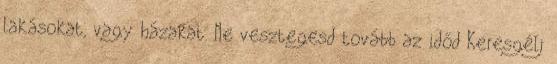
lakásokat, vagy házakat. Ne vesztegesd tovább az időd Keresgélj